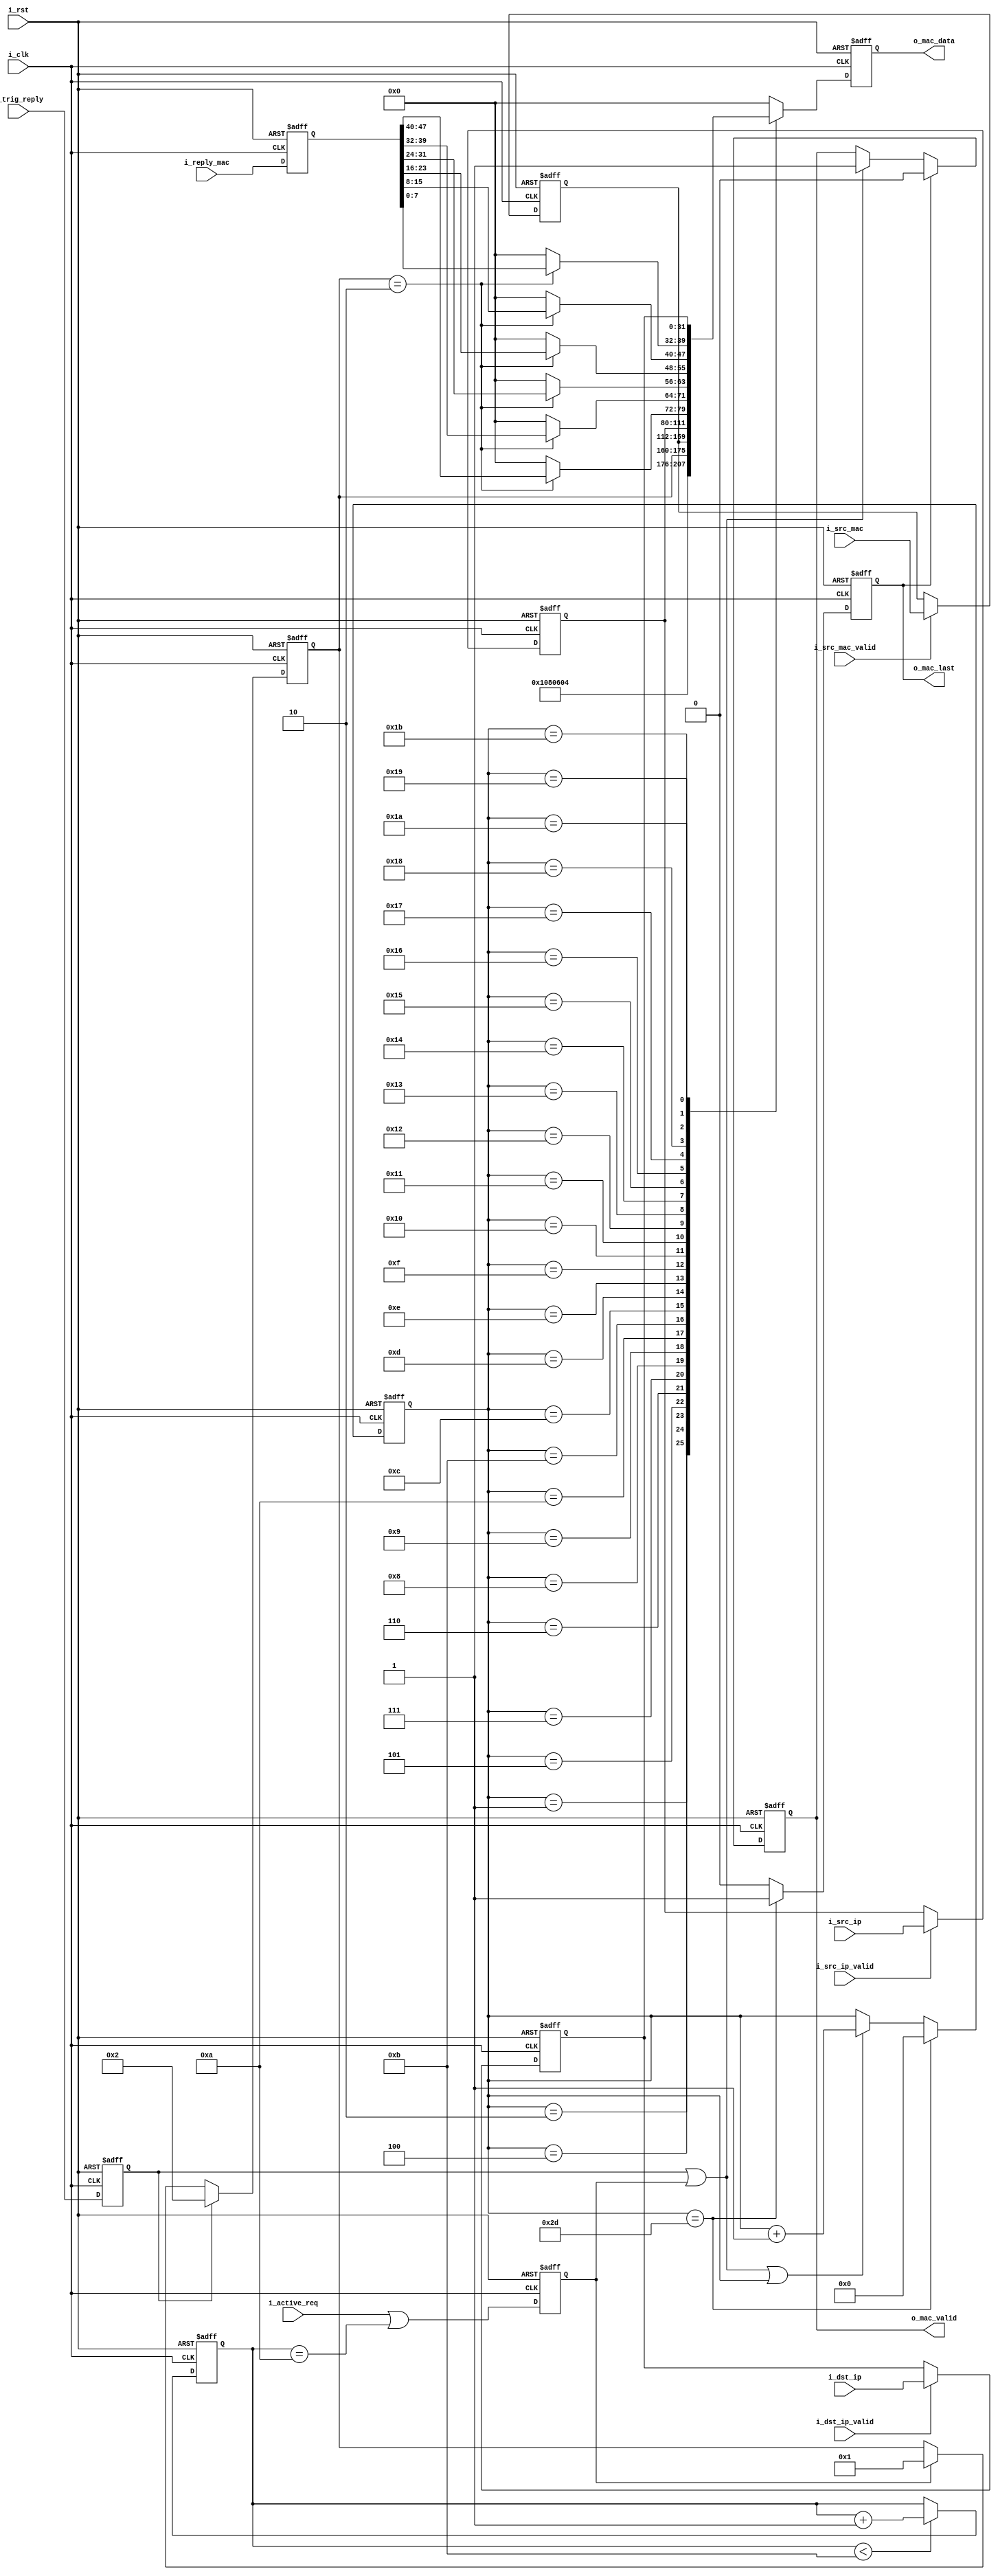
`timescale 1ns / 1ps
//////////////////////////////////////////////////////////////////////////////////
// Company: 
// Engineer: 
// 
// Design Name: 
// Module Name: ARP_TX
// Project Name: 
// Target Devices: 
// Tool Versions: 
// Description: 
// 
// Dependencies: 
// 
// Revision:
// Revision 0.01 - File Created
// Additional Comments:
// 
//////////////////////////////////////////////////////////////////////////////////


module ARP_TX#(
    parameter       P_DST_IP  = {8'd192,8'd168,8'd10,8'd0},
    parameter       P_SRC_IP  = {8'd192,8'd168,8'd10,8'd1},
    parameter       P_SRC_MAC = {8'h00,8'h00,8'h00,8'h00,8'h00,8'h00}
)(
    input           i_clk           ,
    input           i_rst           ,
    /*----info port----*/   
    input   [31:0]  i_dst_ip        , 
    input           i_dst_ip_valid  ,
    input   [31:0]  i_src_ip        , 
    input           i_src_ip_valid  ,
    input   [47:0]  i_src_mac       , 
    input           i_src_mac_valid ,   
    input   [47:0]  i_reply_mac     ,
    input           i_trig_reply    ,
    input           i_active_req    ,
    /*----MAC port----*/     
    output  [7 :0]  o_mac_data      ,
    output          o_mac_last      ,
    output          o_mac_valid     
);
/******************************function***************************/

/******************************parameter**************************/
localparam      P_ARP_LEN       = 15'd46;//min mac length
localparam      P_ARP_OP_REQ    = 16'd1 ;
localparam      P_ARP_OP_REPLY  = 16'd2 ;
/******************************port*******************************/

/******************************machine****************************/

/******************************reg********************************/
reg  [31:0]     r_src_ip        ;
reg  [47:0]     r_src_mac       ;
reg  [31:0]     r_dst_ip        ;
reg             ri_trig_reply   ;
reg             ri_active_req   ;
reg  [7 :0]     ro_mac_data     ;
reg             ro_mac_last     ;
reg             ro_mac_valid    ;
reg  [47:0]     ri_reply_mac    ;

reg  [15:0]     r_act_ini_cnt   ;//arp
//
reg  [15:0]     r_arp_cnt       ;//
reg  [15:0]     r_arp_op        ;
/******************************wire*******************************/
wire            w_active        ;
/******************************component**************************/

/******************************assign*****************************/
assign  o_mac_data  =   ro_mac_data     ;
assign  o_mac_last  =   ro_mac_last     ;
assign  o_mac_valid =   ro_mac_valid    ;

assign  w_active    =   r_act_ini_cnt == 10;
/******************************always*****************************/
always @(posedge i_clk or posedge i_rst)begin
    if(i_rst)begin 
        ri_trig_reply <= 'd0;
        ri_active_req <= 'd0;      
    end
    else begin
        ri_trig_reply <= i_trig_reply;
        ri_active_req <= i_active_req || w_active; 
    end
end
//get ip and mac addr
always @(posedge i_clk or posedge i_rst)begin
    if(i_rst)
        r_dst_ip <= P_DST_IP;
    else if(i_dst_ip_valid)
        r_dst_ip <= i_dst_ip;
    else
        r_dst_ip <= r_dst_ip;
end

always @(posedge i_clk or posedge i_rst)begin
    if(i_rst)
        r_src_ip <= P_SRC_IP;
    else if(i_src_ip_valid)
        r_src_ip <= i_src_ip;
    else
        r_src_ip <= r_src_ip;
end

always @(posedge i_clk or posedge i_rst)begin
    if(i_rst)
        r_src_mac <= P_SRC_MAC;
    else if(i_src_mac_valid)
        r_src_mac <= i_src_mac;
    else
        r_src_mac <= r_src_mac;
end
/*=================== begin compone arp frame ======================*/
always @(posedge i_clk or posedge i_rst)begin
    if(i_rst)
        r_arp_cnt <= 'd0;
    else if(r_arp_cnt == P_ARP_LEN - 1)
        r_arp_cnt <= 'd0;
    else if(ri_trig_reply || ri_active_req || r_arp_cnt)
        r_arp_cnt <= r_arp_cnt + 'd1;
    else
        r_arp_cnt <= r_arp_cnt;
end

always @(posedge i_clk or posedge i_rst)begin
    if(i_rst)
        r_act_ini_cnt <= 'd0;
    else if(r_act_ini_cnt < 11)
        r_act_ini_cnt <= r_act_ini_cnt + 1;
    else
        r_act_ini_cnt <= r_act_ini_cnt;
end

always @(posedge i_clk or posedge i_rst)begin
    if(i_rst)
        r_arp_op <= 'd0;
    else if(ri_trig_reply)
        r_arp_op <= P_ARP_OP_REPLY;
    else if(ri_active_req)
        r_arp_op <= P_ARP_OP_REQ;
    else
        r_arp_op <= r_arp_op;
end

always @(posedge i_clk or posedge i_rst)begin
    if(i_rst)
        ri_reply_mac <= 'd0;
    else
        ri_reply_mac <= i_reply_mac;
end

always @(posedge i_clk or posedge i_rst)begin
    if(i_rst)
        ro_mac_data <= 'd0;
    else case (r_arp_cnt)
        0       : ro_mac_data <= 8'h00;             //1
        1       : ro_mac_data <= 8'h01;             
        2       : ro_mac_data <= 8'h08;             //IP 0x0800
        3       : ro_mac_data <= 8'h00;     
        4       : ro_mac_data <= 'd6;               //
        5       : ro_mac_data <= 'd4;               //
        6       : ro_mac_data <= r_arp_op[15:8];    //
        7       : ro_mac_data <= r_arp_op[7 :0];
        8       : ro_mac_data <= r_src_mac[47:40];
        9       : ro_mac_data <= r_src_mac[39:32];
        10      : ro_mac_data <= r_src_mac[31:24];
        11      : ro_mac_data <= r_src_mac[23:16];
        12      : ro_mac_data <= r_src_mac[15: 8];
        13      : ro_mac_data <= r_src_mac[7 : 0];
        14      : ro_mac_data <= r_src_ip[31:24];
        15      : ro_mac_data <= r_src_ip[23:16];
        16      : ro_mac_data <= r_src_ip[15: 8];
        17      : ro_mac_data <= r_src_ip[7 : 0];
        18      : ro_mac_data <= r_arp_op == P_ARP_OP_REPLY ? ri_reply_mac[47:40] : 8'h00;
        19      : ro_mac_data <= r_arp_op == P_ARP_OP_REPLY ? ri_reply_mac[39:32] : 8'h00; 
        20      : ro_mac_data <= r_arp_op == P_ARP_OP_REPLY ? ri_reply_mac[31:24] : 8'h00;
        21      : ro_mac_data <= r_arp_op == P_ARP_OP_REPLY ? ri_reply_mac[23:16] : 8'h00;
        22      : ro_mac_data <= r_arp_op == P_ARP_OP_REPLY ? ri_reply_mac[15: 8] : 8'h00;
        23      : ro_mac_data <= r_arp_op == P_ARP_OP_REPLY ? ri_reply_mac[7 : 0] : 8'h00;
        24      : ro_mac_data <= r_dst_ip[31:24];
        25      : ro_mac_data <= r_dst_ip[23:16];
        26      : ro_mac_data <= r_dst_ip[15: 8];
        27      : ro_mac_data <= r_dst_ip[7 : 0];
        default : ro_mac_data <= 'd0; 
    endcase
end
 

always @(posedge i_clk or posedge i_rst)begin
    if(i_rst)
        ro_mac_valid <= 'd0;
    else if(ro_mac_last)
        ro_mac_valid <= 'd0;
    else if(ri_trig_reply || ri_active_req)
        ro_mac_valid <= 'd1;
    else
        ro_mac_valid <= ro_mac_valid;
end

always @(posedge i_clk or posedge i_rst)begin
    if(i_rst)
        ro_mac_last <= 'd0;
    else if(r_arp_cnt == P_ARP_LEN - 1)
        ro_mac_last <= 'd1;
    else
        ro_mac_last <= 'd0;
end


endmodule